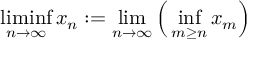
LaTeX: \operatorname* { l i m i n f } _ { n \to \infty } x _ { n } : = \operatorname* { l i m } _ { n \to \infty } { \Big ( } \operatorname* { i n f } _ { m \geq n } x _ { m } { \Big ) }